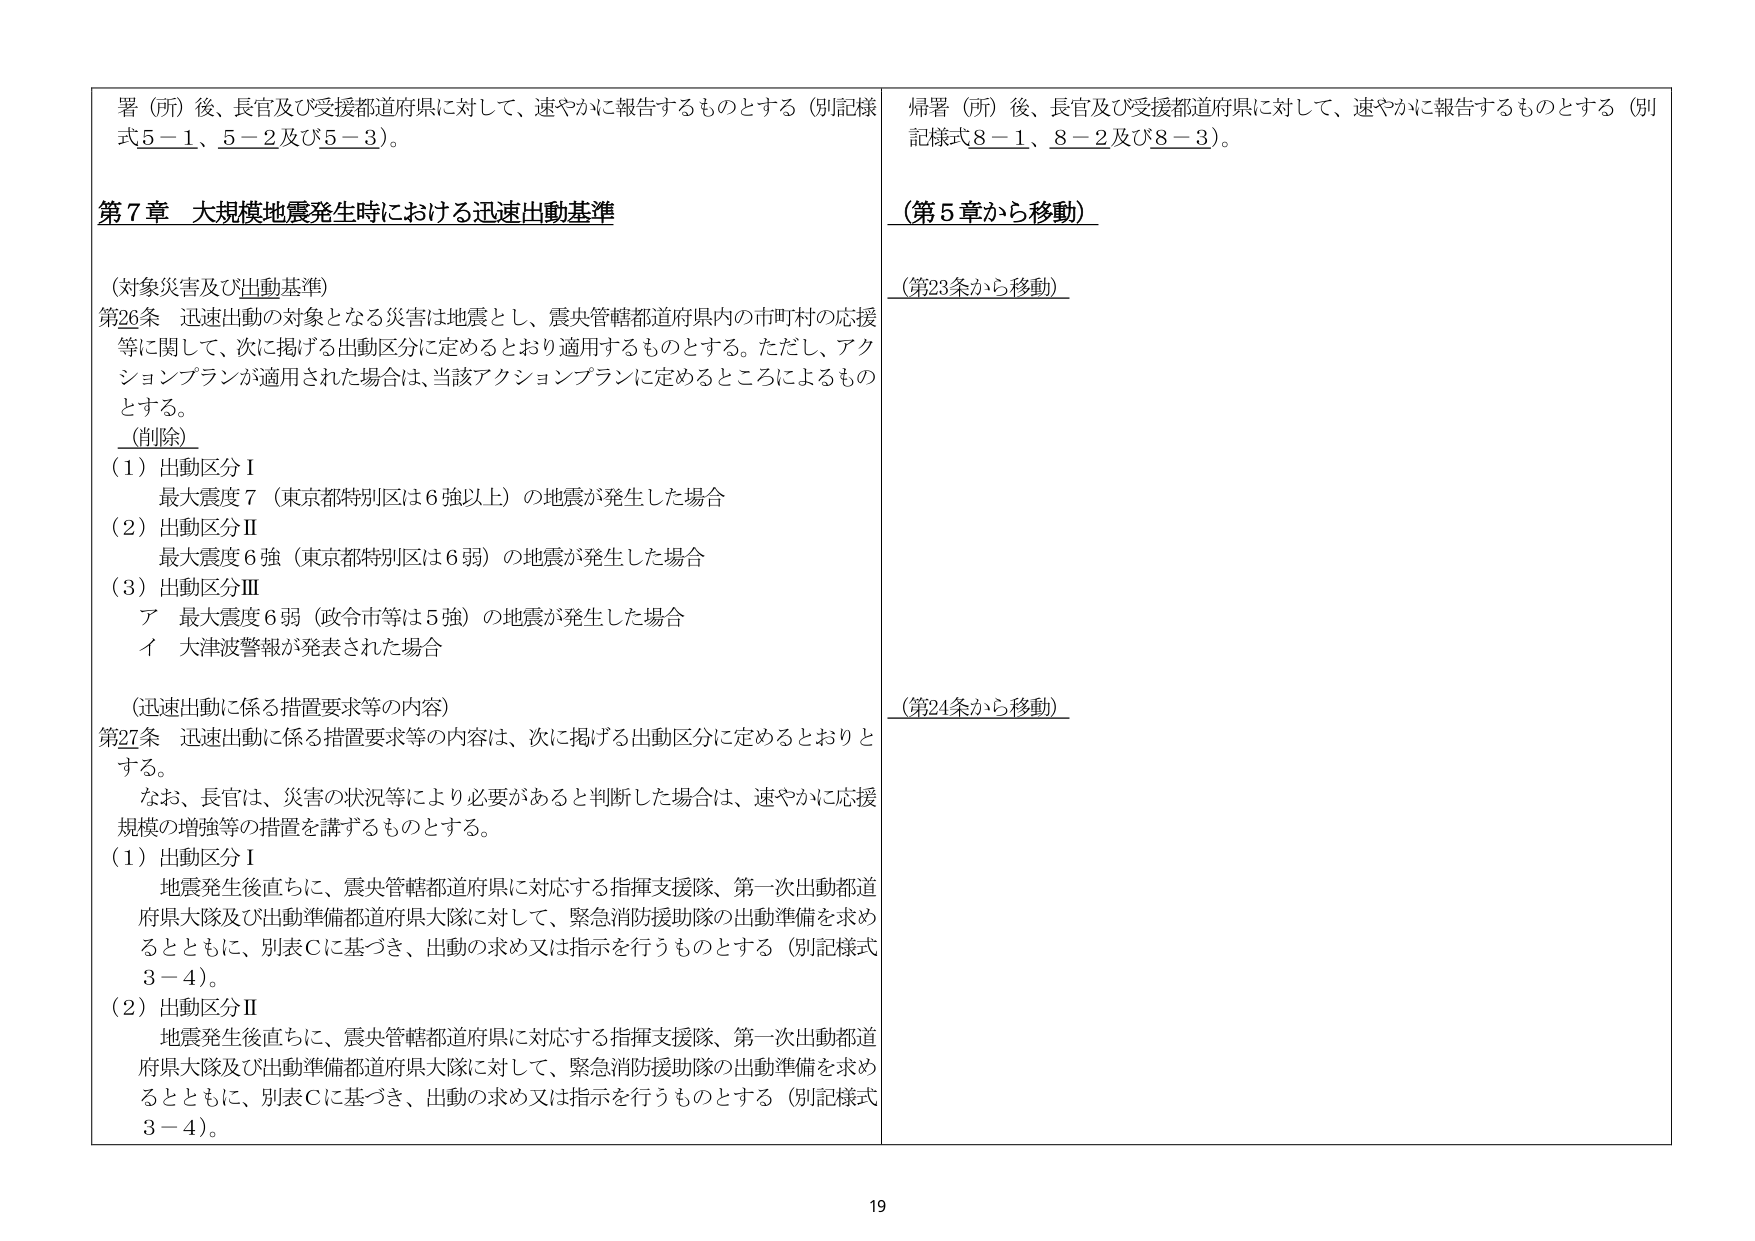
署（所）後、長官及び受援都道府県に対して、速やかに報告するものとする（別記様式5－1、5－2及び5－3）。

第7章 大規模地震発生時における迅速出動基準

（対象災害及び出動基準）
第26条 迅速出動の対象となる災害は地震とし、震央管轄都道府県内の市町村の応援等に関して、次に掲げる出動区分に定めるとおり適用するものとする。ただし、アクションプランが適用された場合は、当該アクションプランに定めるところによるものとする。
（削除）
（1）出動区分Ⅰ
　最大震度7（東京都特別区は6強以上）の地震が発生した場合
（2）出動区分Ⅱ
　最大震度6強（東京都特別区は6弱）の地震が発生した場合
（3）出動区分Ⅲ
　ア 最大震度6弱（政令市等は5強）の地震が発生した場合
　イ 大津波警報が発表された場合

（迅速出動に係る措置要求等の内容）
第27条 迅速出動に係る措置要求等の内容は、次に掲げる出動区分に定めるとおりとする。
　なお、長官は、災害の状況等により必要があると判断した場合は、速やかに応援規模の増強等の措置を講ずるものとする。
（1）出動区分Ⅰ
　地震発生後直ちに、震央管轄都道府県に対応する指揮支援隊、第一次出動都道府県大隊及び出動準備都道府県大隊に対して、緊急消防援助隊の出動準備を求めるとともに、別表Cに基づき、出動の求め又は指示を行うものとする（別記様式3－4）。
（2）出動区分Ⅱ
　地震発生後直ちに、震央管轄都道府県に対応する指揮支援隊、第一次出動都道府県大隊及び出動準備都道府県大隊に対して、緊急消防援助隊の出動準備を求めるとともに、別表Cに基づき、出動の求め又は指示を行うものとする（別記様式3－4）。

帰署（所）後、長官及び受援都道府県に対して、速やかに報告するものとする（別記様式8－1、8－2及び8－3）。

（第5章から移動）

（第23条から移動）

（第24条から移動）

19